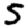
Digit: 5